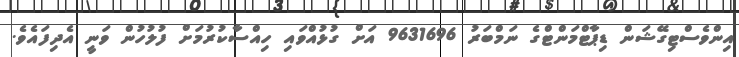
އިންވެސްޓިގޭޝަން ޑިޕާޓްމަންޓްގެ ނަމްބަރު 9631696 އަށް ގުޅުއްވައި ހިއްސާކުރުމަށް ފުލުހުން ވަނީ އެދިފައެވެ.